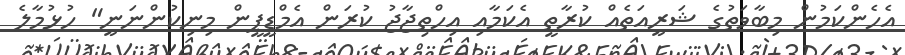
އެހެންކަމުން މިބާވަތުގެ ޝަރީއަތެއް ކުރާތީ އެކަމާއި އިހްތިޖާޖު ކުރަން އެމްޑީޕީން މިނިކުންނަނީ" ހުޅުމާލެ